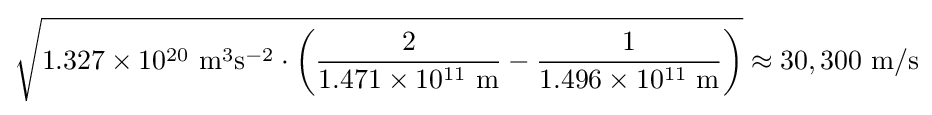
{\sqrt {1.327\times 10^{20}~{\text{m}}^{3}{\text{s}}^{-2}\cdot \left({2 \over 1.471\times 10^{11}~{\text{m}}}-{1 \over 1.496\times 10^{11}~{\text{m}}}\right)}}\approx 30,300~{\text{m}}/{\text{s}}